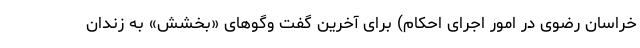
خراسان رضوی در امور اجرای احکام) برای آخرین گفت وگوهای «بخشش» به زندان